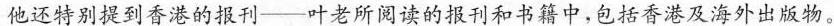
他还特别提到香港的报刊--叶老所阅读的报刊和书籍中，包括香港及海外出版物。